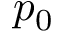
p _ { 0 }